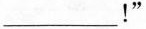
___！”